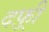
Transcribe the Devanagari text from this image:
दफ़्री